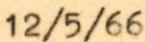
12/5/66